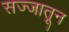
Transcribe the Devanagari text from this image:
सज्जातून